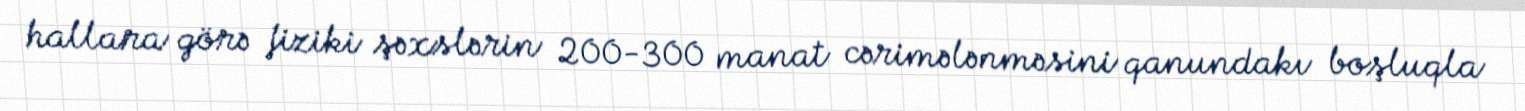
hallara görə fiziki şəxslərin 200-300 manat cərimələnməsini qanundakı boşluqla